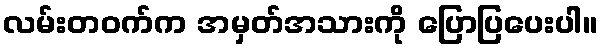
လမ်းတဝက်က အမှတ်အသားကို ပြောပြပေးပါ။